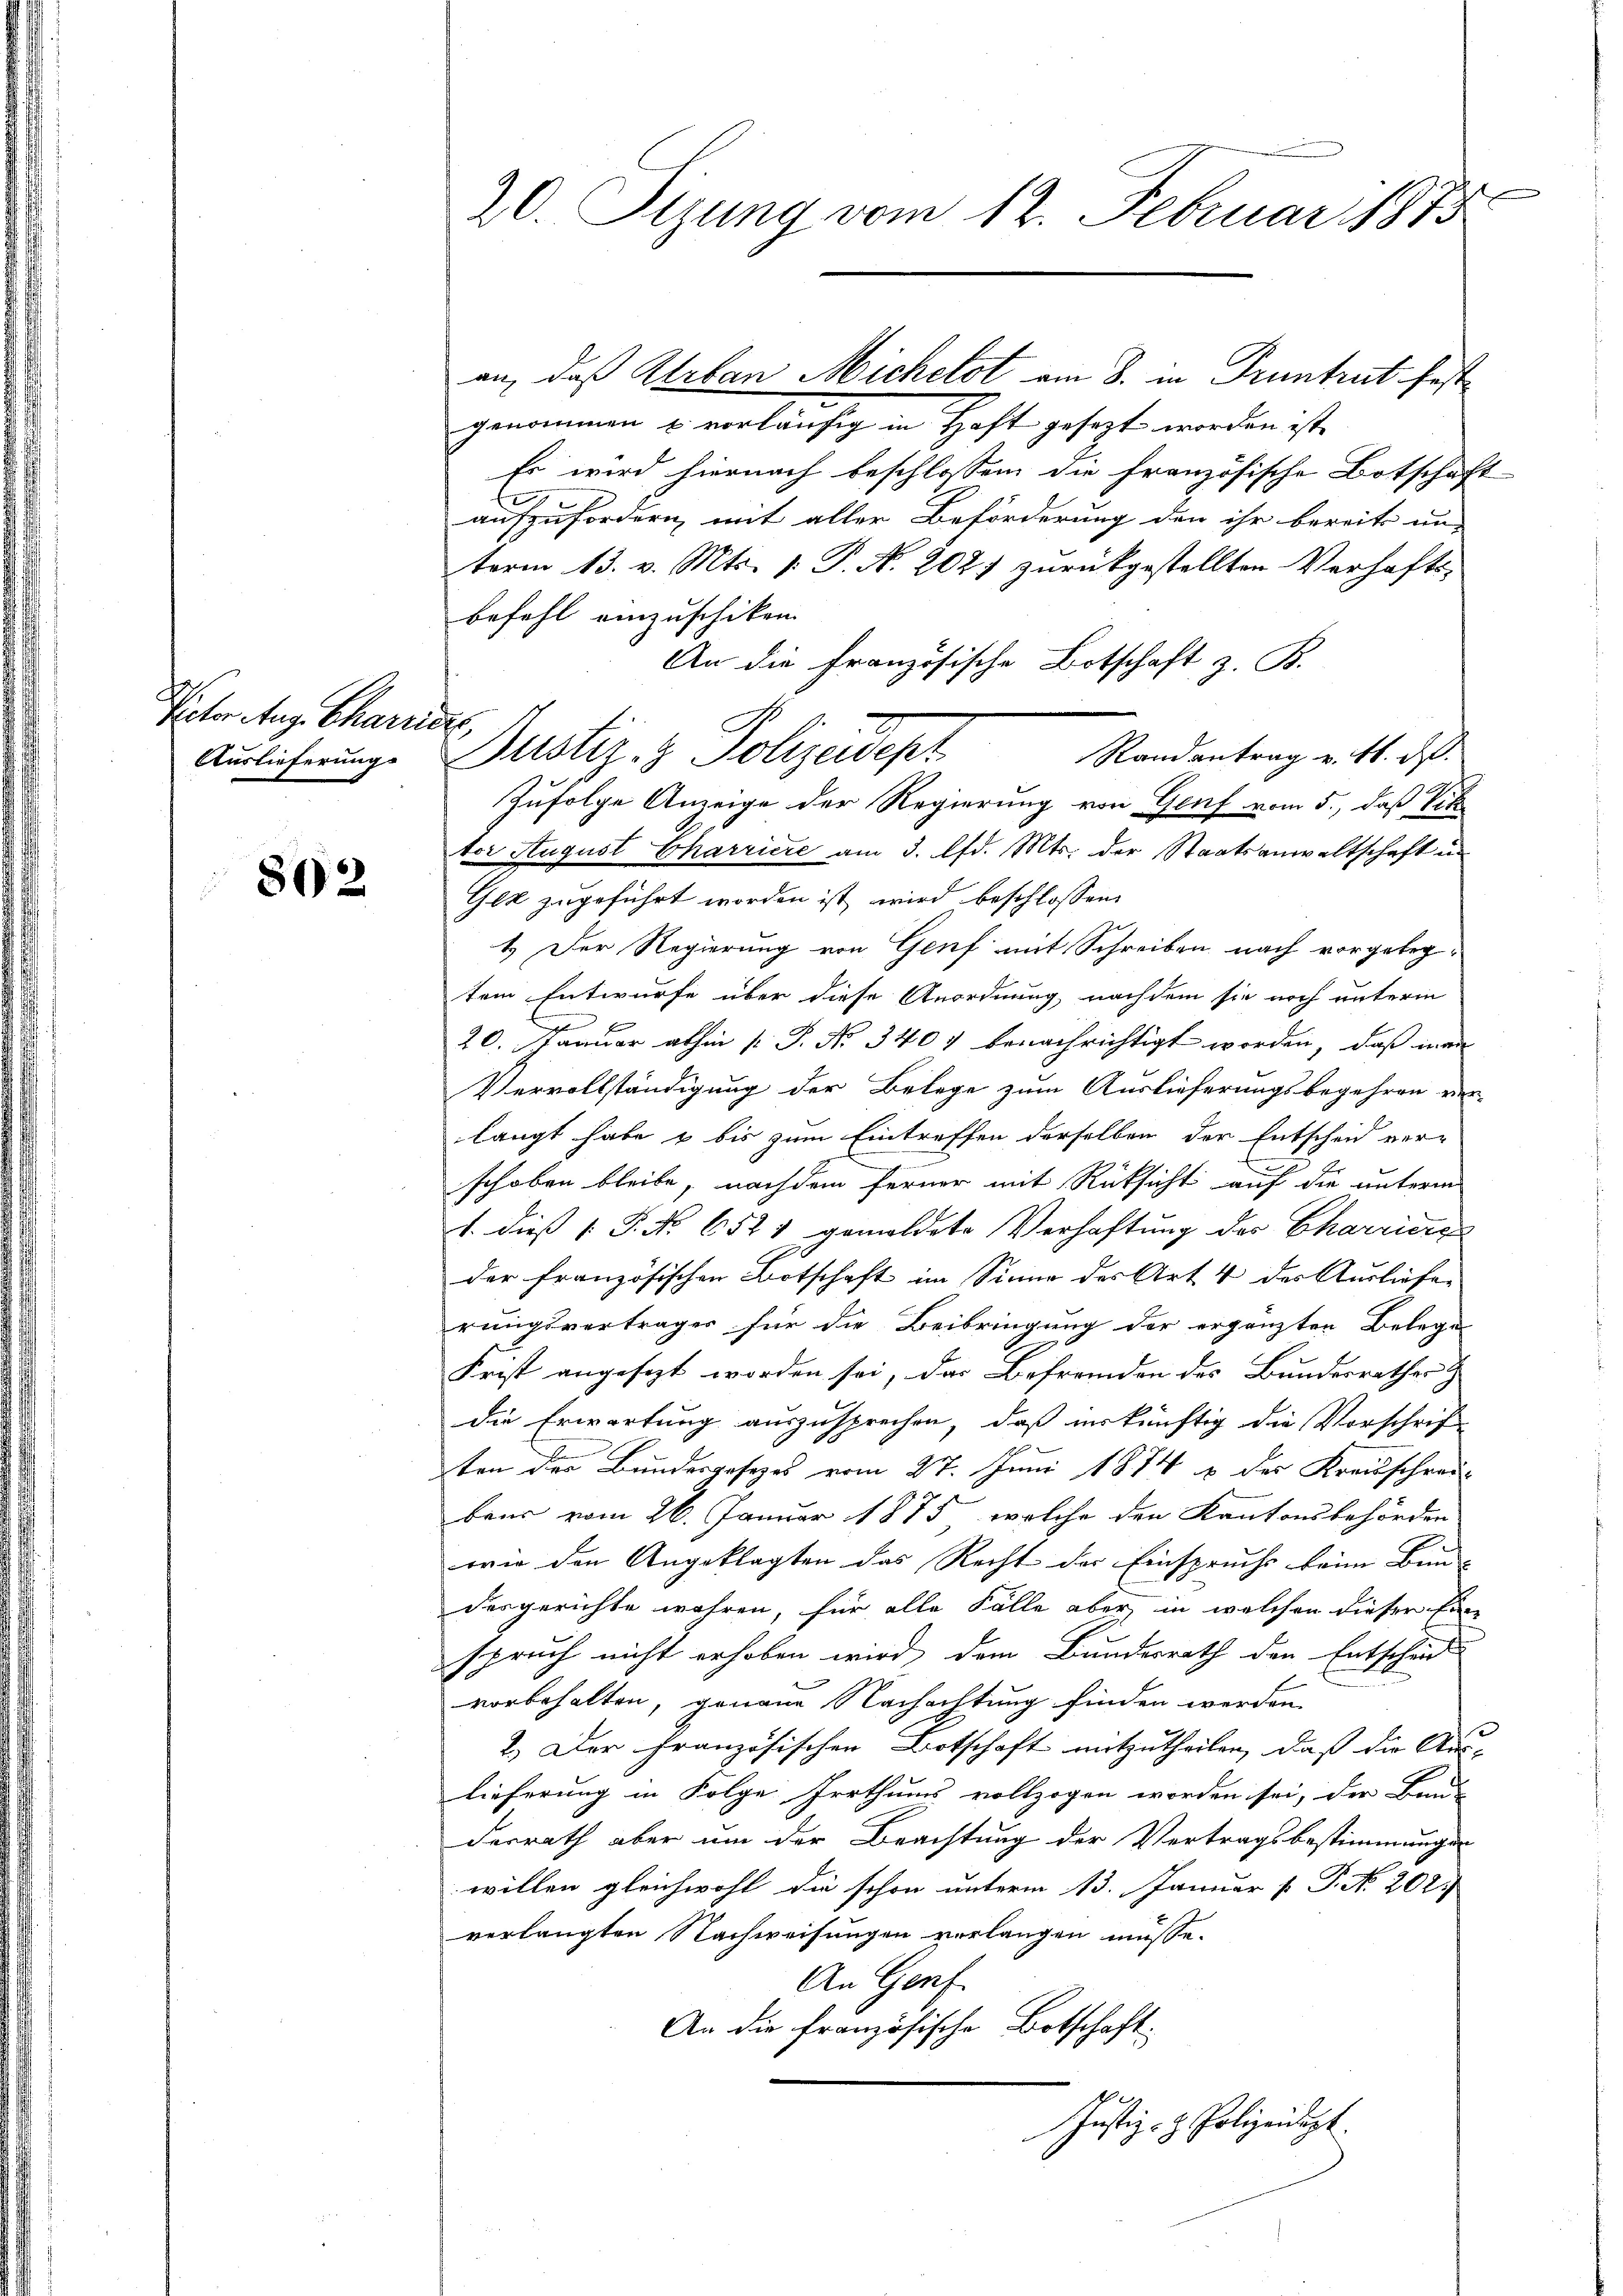
Peter Aug. Chartiere,
Auslieferung

802

20. Sizung vom 12. Februar 1883

genommen u. vorläufig in Haft gesezt worden ist
Es wird hiernach beschlossen die französische Botschaf
aufzufordern mit aller Beförderung den ihr bereits un-
term 13. v. Mts. 1. P. N. 202 zurückgestellten Verhafts-
befehl einzuschiken.
An die französische Botschaft z. B.
Randantrag v. 4. ds.
Zufolge Anzeige der Regierung von Genf vom 5., daß Vik
tor August Charriere am 3. d. Mts. der Staatsanwaltschaft un
Gez zugeführt worden ist wird beschlossen:
1.) Der Regierung von Genf mit Schreiben nach vorgelegtem Entwurfe über diese Anordnung nachdem sie noch unterm
20. Januar abhin  P. No 340) benachrichtigt worden, daß man
Vervollständigung der Belege zum Auslieferungsbegehren ver-
langt habe & bis zum Eintreffen derselben der Entscheid verschoben bleibe, nachdem ferner mit Rücksicht auf die unterm
1. dieß P. Nr. 6521 gemeldete Verhaftung des Charriere
der französischen Botschaft im Sinne des Art 4 des Ausliefer
rungsvertrages für die Beibringung der ergänzten Belege
Frist angesezt worden sei, das Befremden des Bundesrathes Z
die Erwortung auszusprechen, daß unkünftig die Vorschrif-
ten der Bundesgesezes vom 27. Juni 1874 & des Kreisschrei-
bens vom 26. Januar 1875, welche den Kantonsbehörden
wie den Angeklagten das Recht der Einspruchs beim Bun-
desgerichte wahren, für alle Fälle aber in welchen dieser Eine
spruch nicht erhoben wird, dem Bundesrath den Entscheide
vorbehalten, genaue Nachachtung finden werden.
2.) Der Französischen Botschaft mitzutheilen, daß die Aus-
lieferung in Folge Irrthums vollzogen worden sei, der Band-
derrath aber um der Beachtung der Vertragsbestimmungen
willen gleichwohl die schon unterm 13. Januar P. P. No. 202.
verlangten Nachweisungen verlangen müsse.
An Genf.
An die französische Botschaft:
Justiz- & Polizeidept

an, daß Urban Michelst am 8. in Pruntrut fest

n
Justiz- & Polizeidept

.